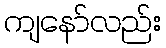
ကျနော်လည်း